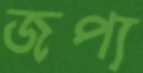
জপ্য